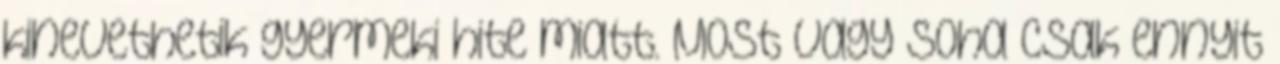
kinevethetik gyermeki hite miatt. Most vagy soha Csak ennyit